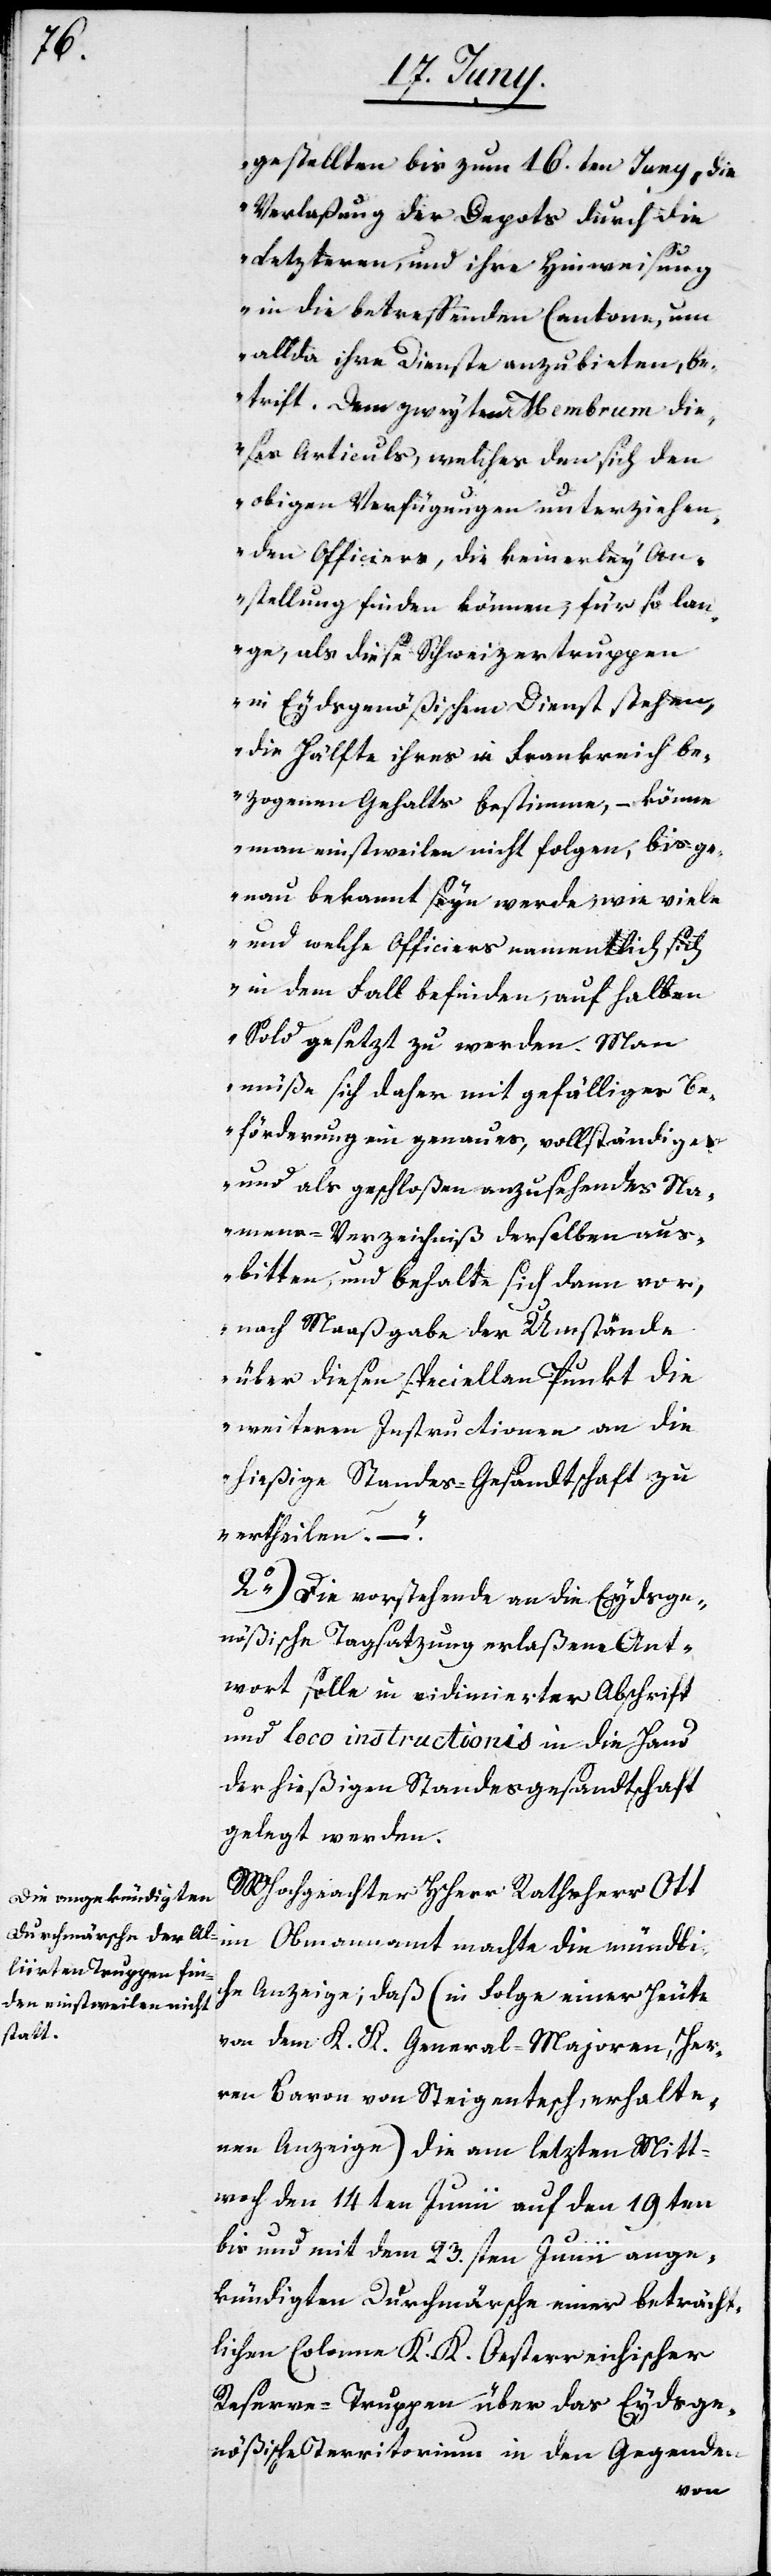
gestellten bis zum 16.ten Juny, die
Verlaßung der Depots durch die
Letzteren, und ihre Heimweisung
in die betreffenden Cantone, um
allda ihre Dienste anzubieten, be¬
trifft. Dem zweyten Membrum die¬
ses Articuls, welches den sich den
obigen Verfügungen unterziehen¬
den Officiers, die keinerley An¬
stellung finden können, für so lan¬
ge, als diese Schweizertruppen
in Eydsgenößischem Dienst stehen,
die Hälfte ihres in Frankreich be¬
zogenen Gehalts bestimme, – könne
man einstweilen nicht folgen, bis ge¬
nau bekannt seyn werde, wie viele
und welche Officiers namentlich sich
in dem Fall befinden, auf halben
Sold gesetzt zu werden. Man
müße sich daher mit gefälliger Be¬
förderung ein genaues, vollständiges
und als geschloßen anzusehendes Na¬
mens-Verzeichniß derselben aus¬
bitten, und behalte sich dann vor,
nach Maasgabe der Umstände
über diesen speciellen Punkt die
weiteren Instructionen an die
hießige Standes-Gesandtschft zu
ertheilen. – .“
2o) Die vorstehende an die Eydsge¬
nößische Tagsatzung erlaßene Ant¬
wort solle in vidimierter Abschrift
und loco instructionis in die Hand
der hießigen Standesgesandtschaft
gelegt werden.
MHochgeachter HHerr Rathsherr Ott
im Obmannamt machte die mündli¬
che Anzeige, daß (in Folge einer heute
von dem K. K. General-Majoren, Her¬
ren Baron von Steigentesch erhalte¬
nen Anzeige) die am letzten Mitt¬
woch den 14ten Junii auf dem 19ten
bis und mit dem 23.sten Junii ange¬
kündigten Durchmärsche einer beträcht¬
lichen Colonne K. K. Oesterreichischer
Reserve-Truppen über das Eydsge¬
nößische Territorium in den Gegenden